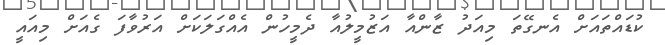
ކުޑައްތައަށް އެނގޭތަ މިއަދު ޒާންއާ އަޒުމީލުއާ ދެމީހުން އެއްގަލަކަށް އަރުވާފަ ގެއަށް މިއައީ